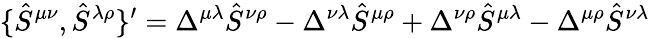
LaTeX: \{ \hat{S}^{\mu\nu},\hat{S}^{\lambda\rho}\} ^{\prime}=\Delta^{\mu\lambda}\hat{S}^{\nu\rho}-\Delta^{\nu\lambda}\hat{S}^{\mu\rho}+\Delta^{\nu\rho}\hat{S}^{\mu\lambda}-\Delta^{\mu\rho}\hat{S}^{\nu\lambda}